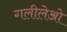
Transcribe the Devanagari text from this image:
गलीलेओ